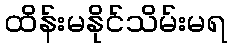
ထိန်းမနိုင်သိမ်းမရ